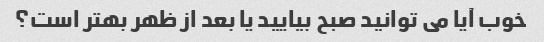
خوب آیا می توانید صبح بیایید یا بعد از ظهر بهتر است؟